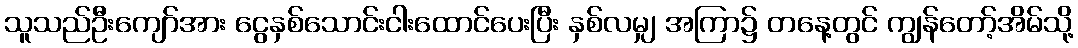
သူသည်ဦးကျော်အား ငွေနှစ်သောင်းငါးထောင်ပေးပြီး နှစ်လမျှ အကြာ၌ တနေ့တွင် ကျွန်တော့်အိမ်သို့